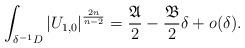
LaTeX: \begin{align*}\int_{\delta^{-1}D}\left|U_{1,0}\right|^{\frac{2n}{n-2}}=\frac{\mathfrak{A}}{2}-\frac{\mathfrak{B}}{2}\delta + o(\delta).\end{align*}